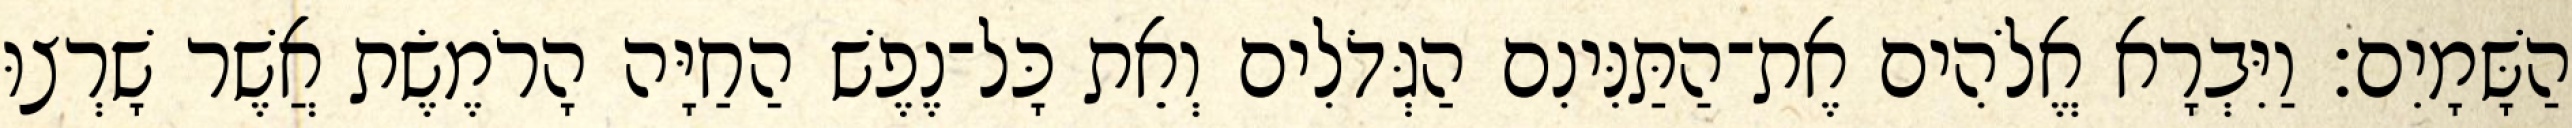
הַשָּׁמָיִם׃ וַיִּבְרָא אֱלֹהִים אֶת־הַתַּנִּינִם הַגְּדֹלִים וְאֵת כָּל־נֶפֶשׁ הַחַיָּה הָרֹמֶשֶׂת אֲשֶׁר שָׁרְצוּ